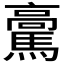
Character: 𩥊